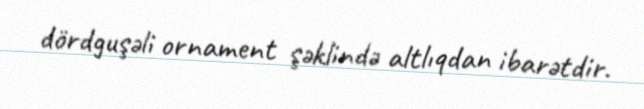
dördguşəli ornament şəklində altlıqdan ibarətdir.